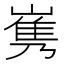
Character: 𡻎